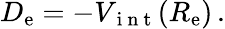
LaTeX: D_{\mathrm{e}}=-V_{\mathrm{{~i~n~t~}}}(R_{\mathrm{e}})\, .